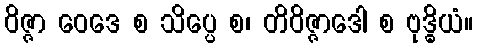
ဝိဇ္ဇာ ဝေဒေ စ သိပ္ပေ စ၊ တိဝိဇ္ဇာဒေါ စ ဗုဒ္ဓိယံ။